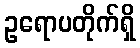
ဥရောပတိုက်ရှိ